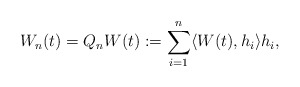
\begin{align*}W_n(t) = Q_n W(t):= \sum_{i=1}^n \langle W(t), h_i \rangle h_i ,\end{align*}